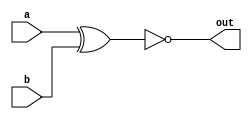
module top_module (
    input  a,
    input  b,
    output out
);

  // truth table
  // a b | out
  // 0 0 | 1
  // 0 1 | 0
  // 1 0 | 0
  // 1 1 | 1
  assign out = ~(a ^ b);

endmodule